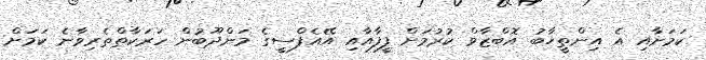
ކަމަށާއި އެ އިންތީޚާބު އޮބްޒާވް ކުރުމަށް ފީފާއާއި އޭއެފްސީގެ މަންދޫބުން ހަރަކާތްތެރިވާނެ ކަމަށް